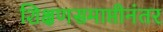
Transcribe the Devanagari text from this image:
शिक्षणसमाप्तीनंतर